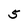
Character: 5